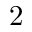
2